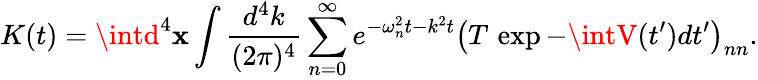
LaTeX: K(t)=\intd^{4}\mathbf{x}\int{\frac{{d^{4}k}}{{(2\pi)^{4}}}}\sum_{n=0}^{\infty}e^{-\omega_{n}^{2}t-k^{2}t}\left(T\, \exp-\intV(t^{\prime})dt^{\prime}\right)_{nn}.